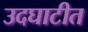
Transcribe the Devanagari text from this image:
उदघाटीत